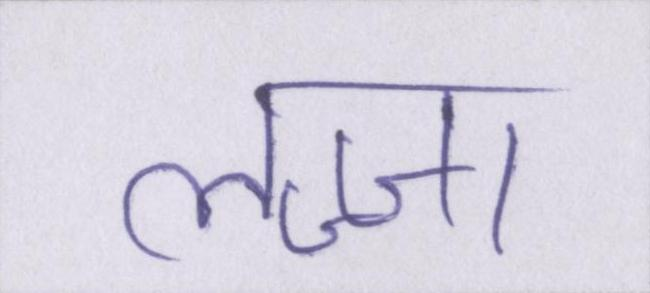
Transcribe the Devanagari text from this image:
लज्जा